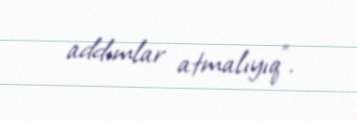
addımlar atmalıyıq”.